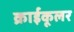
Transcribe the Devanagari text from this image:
क्राईकूलर